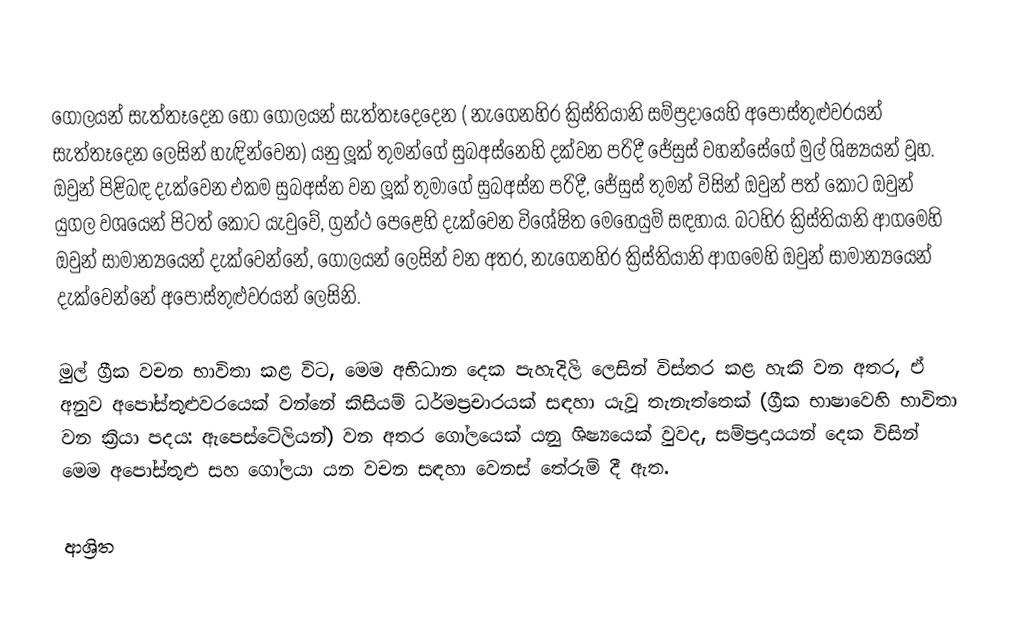
ගෝලයන් සැත්තෑදෙන හෝ  ගෝලයන් සැත්තෑදෙදෙන ( නැගෙනහිර ක්‍රිස්තියානි සම්ප්‍රදායෙහි අපෝස්තුළුවරයන් සැත්තෑදෙන ලෙසින් හැඳින්වෙන) යනු   ලූක් තුමන්ගේ සුබඅස්නෙහි  දක්වන පරිදී ජේසුස් වහන්සේගේ මුල් ශිෂ්‍යයන් වූහ. ඔවුන් පිළිබඳ දැක්වෙන එකම සුබඅස්න වන ලූක් තුමාගේ සුබඅස්න පරිදී, ජේසුස් තුමන් විසින් ඔවුන් පත් කොට ඔවුන් යුගල වශයෙන් පිටත් කොට යැවුවේ, ග්‍රන්ථ පෙළෙහි දැක්වෙන විශේෂිත මෙහෙයුම් සඳහාය. බටහිර ක්‍රිස්තියානි ආගමෙහි ඔවුන් සාමාන්‍යයෙන් දැක්වෙන්නේ, ගෝලයන් ලෙසින් වන අතර, නැගෙනහිර ක්‍රිස්තියානි ආගමෙහි ඔවුන් සාමාන්‍යයෙන් දැක්වෙන්නේ අපෝස්තුළුවරයන් ලෙසිනි.

මුල් ග්‍රීක වචන භාවිතා කළ විට, මෙම අභිධාන දෙක පැහැදිලි ලෙසින් විස්තර කළ හැකි වන අතර, ඒ අනුව අපෝස්තුළුවරයෙක් වන්නේ කිසියම්  ධර්මප්‍රචාරයක් සඳහා  යැවූ තැනැත්තෙක් (ග්‍රීක භාෂාවෙහි භාවිතා වන ක්‍රියා පදය: ඇපෙස්ටේලියන්) වන අතර ගෝලයෙක් යනු ශිෂ්‍යයෙක් වුවද, සම්ප්‍රදායයන් දෙක විසින් මෙම  අපෝස්තුළු සහ ගෝලයා යන වචන සඳහා වෙනස් තේරුම් දී ඇත.

ආශ්‍රිත